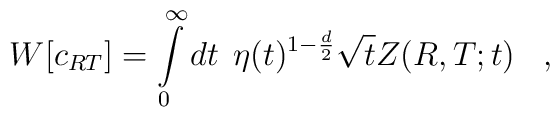
W[c_{RT}] =  \int\limits_{0}^{\infty} dt \;\,\eta (t)^{1- {d \over 2}}\sqrt{t} Z(R,T;t)\;\;\;,